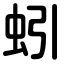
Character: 蚓